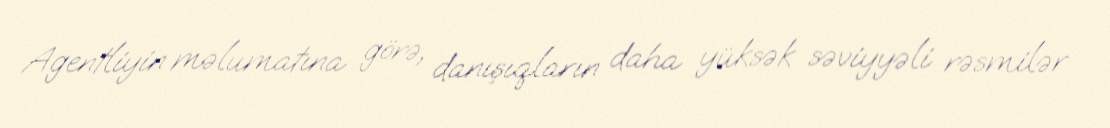
Agentliyin məlumatına görə, danışıqların daha yüksək səviyyəli rəsmilər